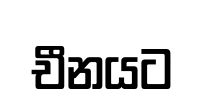
චීනයට